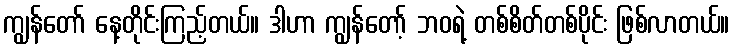
ကျွန်တော် နေ့တိုင်းကြည့်တယ်။ ဒါဟာ ကျွန်တော့် ဘဝရဲ့ တစ်စိတ်တစ်ပိုင်း ဖြစ်လာတယ်။